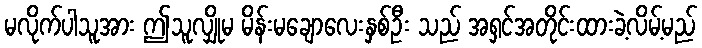
မလိုက်ပါသူအား ဤသူလျှိုမ မိန်းမချောလေးနှစ်ဦး သည် အရှင်အတိုင်းထားခဲ့လိမ့်မည်